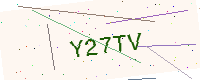
Text: Y27TV